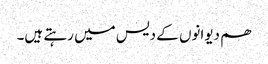
ھم دیوانوں کے دیس میں رہتے ہیں۔